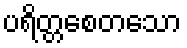
ပရိတ္တစေတသော